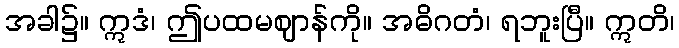
အခါ၌။ ဣဒံ၊ ဤပထမဈာန်ကို။ အဓိဂတံ၊ ရဘူးပြီ။ ဣတိ၊